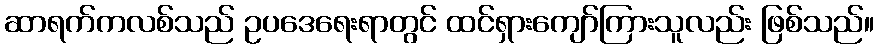
ဆာရက်ကလစ်သည် ဥပဒေရေးရာတွင် ထင်ရှားကျော်ကြားသူလည်း ဖြစ်သည်။